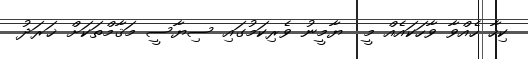
ކިހާ ހެއްވާ ވާހަކައެއް މީ  ޔާމީނު ވެރިކަމުގައި ސިޔާސީ މަޤާމްތަކަށް ޚަރަދު